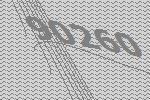
90260